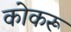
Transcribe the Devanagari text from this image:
कोकरू